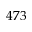
4 7 3